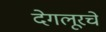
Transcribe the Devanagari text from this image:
देगलूरचे